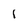
Character: I